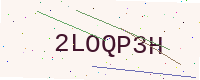
Text: 2LOQP3H